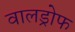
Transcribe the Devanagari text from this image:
वालड्रोफ